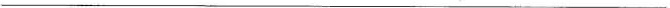
___